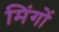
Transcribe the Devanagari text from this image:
मिंगों